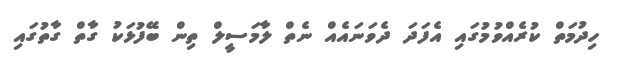
ހިދުމަތް ކުރެއްވުމުގައި އެފަދަ ދެވަނައެއް ނެތް ލާމަސީލް ތިން ބޭފުޅަކު ގާތް ގާތުގައި